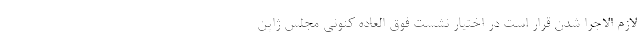
لازم الاجرا شدن قرار است در اختیار نشست فوق العاده کنونی مجلس ژاپن